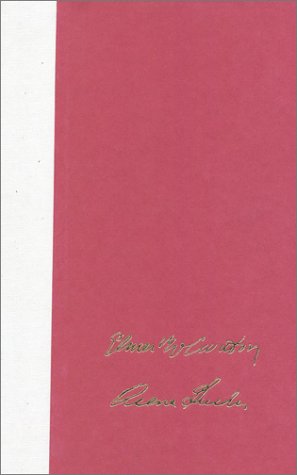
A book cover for Bypassing Bypass; M.D. Elmer M. Cranton; Health, Fitness & Dieting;